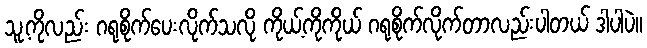
သူ့ကိုလည်း ဂရုစိုက်ပေးလိုက်သလို ကိုယ့်ကိုကိုယ် ဂရုစိုက်လိုက်တာလည်းပါတယ် ဒါပါပဲ။